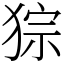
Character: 猔